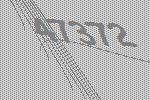
47372